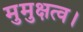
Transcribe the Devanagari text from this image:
मुमुक्षत्व।